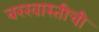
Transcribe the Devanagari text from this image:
बरखास्तीची